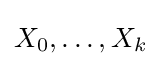
X_{0},\ldots ,X_{k}